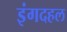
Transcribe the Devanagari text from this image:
इंगदहल